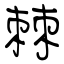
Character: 棘